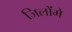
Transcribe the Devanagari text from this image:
जिलोंमे